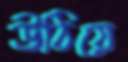
উঠিয়ে